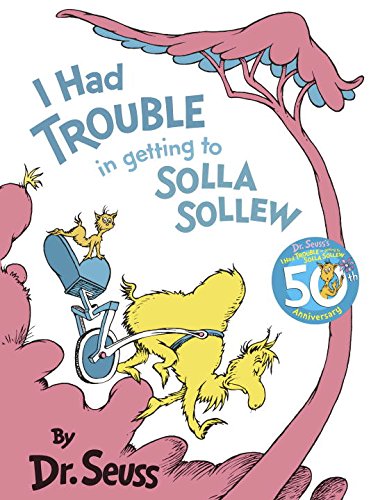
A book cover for I Had Trouble in Getting to Solla Sollew; Dr. Seuss; Children's Books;